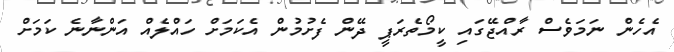
އެހެން ނަމަވެސް ރާއްޖޭގައި ކީމޯތެރަޕީ ދޭން ފެށުމުން އެކަމަށް ހައްލެއް އަންނާނެ ކަމަށް